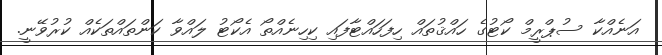
އަނެއްކާ ސުޕްރީމް ކޯޓުގެ ހައްޤުތައް ހިފަހައްޓާފައި ކިހިނެއްތޯ އެކޯޓު ލައްވާ ކަންތައްތަކެއް ކުރުވޭނީ.